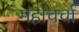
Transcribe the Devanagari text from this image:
महाचर्चा